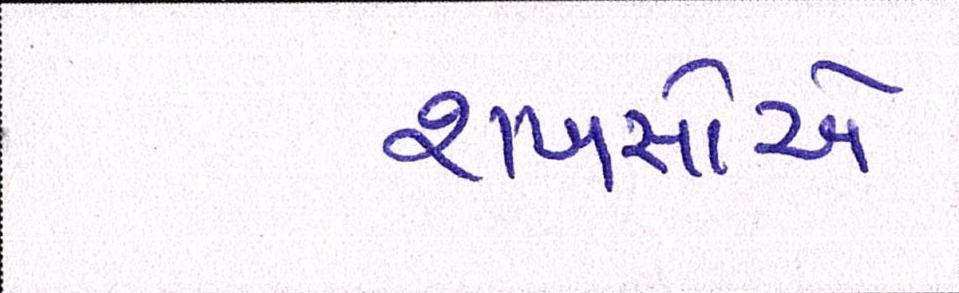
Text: શખસોએ